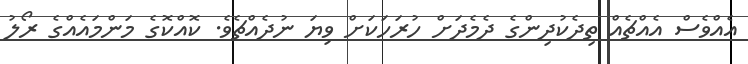
އެއްވެސް އެއްޗެއް ތިދެކުދިންގެ ދެމެދަށް ހުރަހަކަށް ވިޔަ ނުދެއްޗެވެ. ކޮއްކޮގެ މަންމައެއްގެ ރޯލު